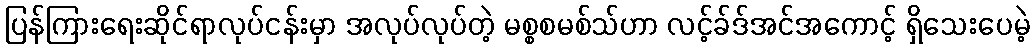
ပြန်ကြားရေးဆိုင်ရာလုပ်ငန်းမှာ အလုပ်လုပ်တဲ့ မစ္စစမစ်သ်ဟာ လင့်ခ်ဒ်အင်အကောင့် ရှိသေးပေမဲ့